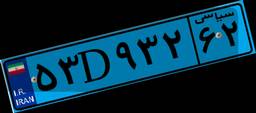
۴۵D۱۲۵۲۸